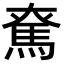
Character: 𩢙